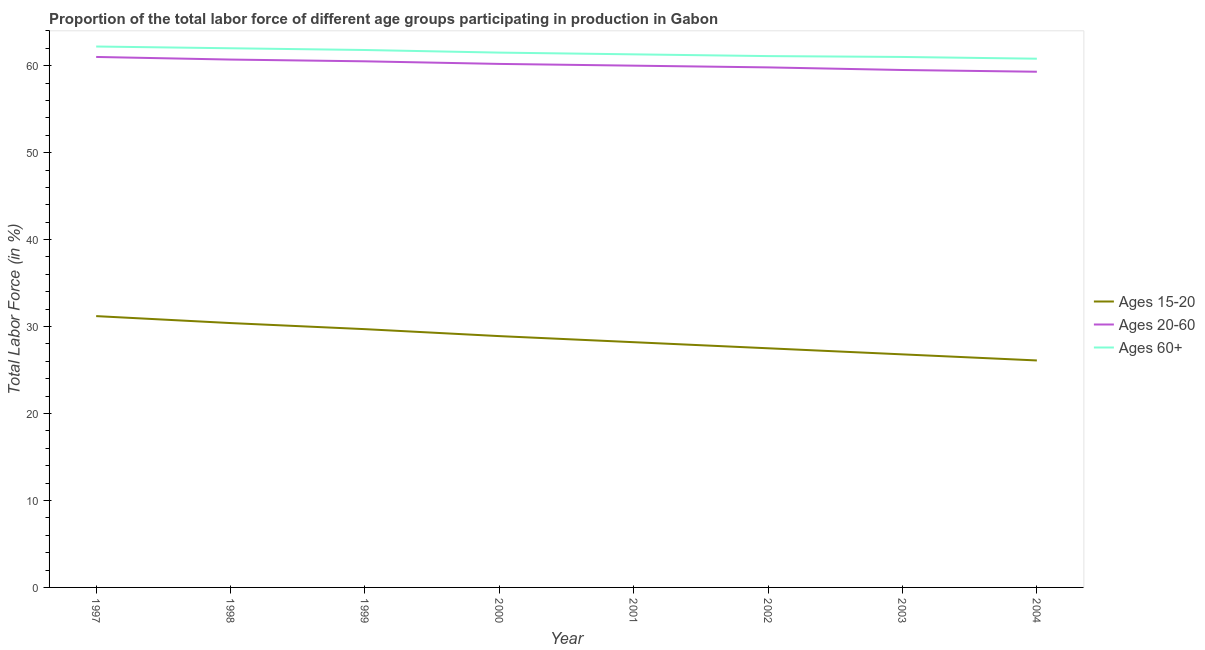
| Year | Ages 15-20 | Ages 20-60 | Ages 60+ |
 | --- | --- | --- | --- |
 | 1997 | 31.2 | 61 | 62.2 |
 | 1998 | 30.4 | 60.7 | 62 |
 | 1999 | 29.7 | 60.5 | 61.8 |
 | 2000 | 28.9 | 60.2 | 61.5 |
 | 2001 | 28.2 | 60 | 61.3 |
 | 2002 | 27.5 | 59.8 | 61.1 |
 | 2003 | 26.8 | 59.5 | 61 |
 | 2004 | 26.1 | 59.3 | 60.8 |